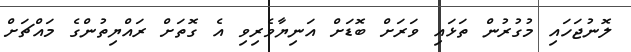
ލޮނުޖަހައި މުގުރުން ތަޅައި ވަރަށް ބޮޑަށް އަނިޔާވެރިވި އެ ގޮތަށް ރައްޔިތުންގެ މައްޗަށް